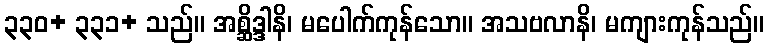
၃၃၀+ ၃၃၁+ သည်။ အစ္ဆိဒ္ဒါနိ၊ မပေါက်ကုန်သော။ အသဗလာနိ၊ မကျားကုန်သည်။